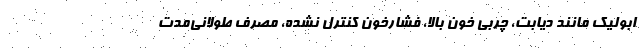
ابولیک مانند دیابت، چربی خون بالا، فشارخون کنترل نشده، مصرف طولانی‌مدت